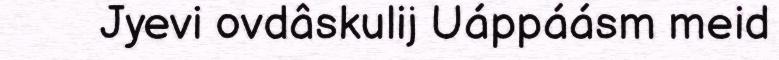
Jyevi ovdâskulij Uáppáásm meid